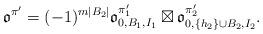
LaTeX: \begin{align*}\mathfrak{o}^{\pi'}=(-1)^{m|B_2|}\mathfrak{o}^{\pi'_1}_{0,B_1,I_1}\boxtimes\mathfrak{o}^{\pi'_2}_{0,\{h_2\}\cup B_2,I_2}.\end{align*}